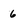
Character: 6